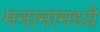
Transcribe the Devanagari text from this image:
मनामामध्ये